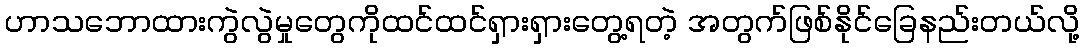
ဟာသဘောထားကွဲလွဲမှုတွေကိုထင်ထင်ရှားရှားတွေ့ရတဲ့ အတွက်ဖြစ်နိုင်ခြေနည်းတယ်လို့